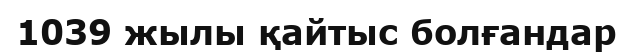
1039 жылы қайтыс болғандар